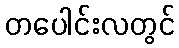
တပေါင်းလတွင်